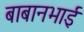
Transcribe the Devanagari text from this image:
बाबानभाई